Indian journal of veterinary science and animal husbandry - Volume 4,
Year: 1934
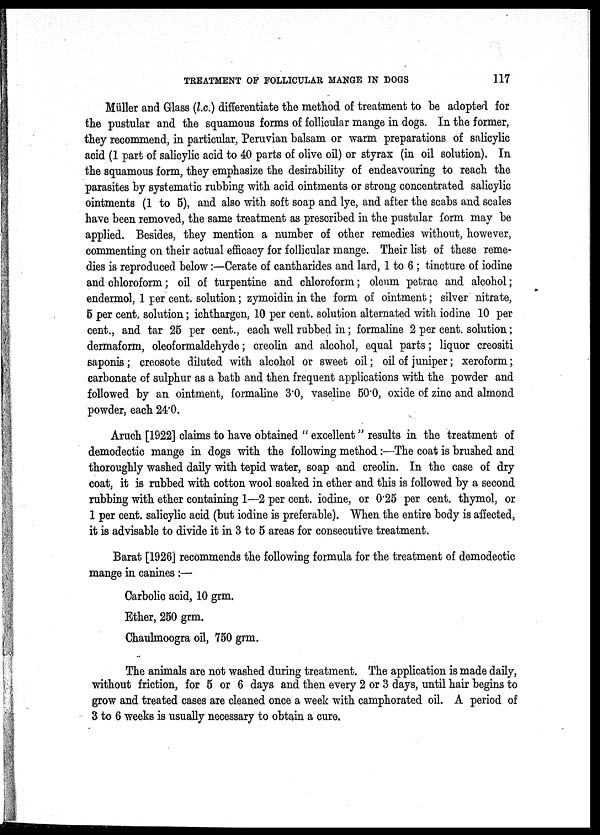
TREATMENT OF FOLLICULAR MANGE IN DOGS
117
Müller and Glass (l.c.) differentiate the method of treatment to be adopted for
the pustular and the squamous forms of follicular mange in dogs. In the former,
they recommend, in particular, Peruvian balsam or warm preparations of salicylic
acid (1 part of salicylic acid to 40 parts of olive oil) or styrax (in oil solution). In
the squamous form, they emphasize the desirability of endeavouring to reach the
parasites by systematic rubbing with acid ointments or strong concentrated salicylic
ointments (1 to 5), and also with soft soap and lye, and after the scabs and scales
have been removed, the same treatment as prescribed in the pustular form may be
applied. Besides, they mention a number of other remedies without, however,
commenting on their actual efficacy for follicular mange. Their list of these reme-
dies is reproduced below:—Cerate of cantharides and lard, 1 to 6 ; tincture of iodine
and chloroform; oil of turpentine and chloroform; oleum petrae and alcohol;
endermol, 1 per cent. solution; zymoidin in the form of ointment; silver nitrate,
5 per cent. solution; ichthargen, 10 per cent. solution alternated with iodine 10 per
cent., and tar 25 per cent., each well rubbed in; formaline 2 per cent. solution;
dermaform, oleoformaldehyde; creolin and alcohol, equal parts; liquor creositi
saponis; creosote diluted with alcohol or sweet oil; oil of juniper; xeroform;
carbonate of sulphur as a bath and then frequent applications with the powder and
followed by an ointment, formaline 3.0, vaseline 50.0, oxide of zinc and almond
powder, each 24.0.
Aruch [1922] claims to have obtained " excellent" results in the treatment of
demodectic mange in dogs with the following method:—The coat is brushed and
thoroughly washed daily with tepid water, soap and creolin. In the case of dry
coat, it is rubbed with cotton wool soaked in ether and this is followed by a second
rubbing with ether containing 1—2 per cent. iodine, or 0.25 per cent. thymol, or
1 per cent. salicylic acid (but iodine is preferable). "When the entire body is affected,
it is advisable to divide it in 3 to 5 areas for consecutive treatment.
Barat [1926] recommends the following formula for the treatment of demodectic
mange in canines :—
Carbolic acid, 10 grm.
Ether, 250 grm.
Chaulmoogra oil, 750 grm.
The animals are not washed during treatment. The application is made daily,
without friction, for 5 or 6 days and then every 2 or 3 days, until hair begins to
grow and treated cases are cleaned once a week with camphorated oil. A period of
3 to 6 weeks is usually necessary to obtain a cure.